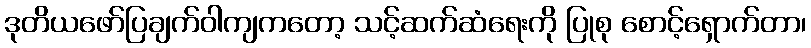
ဒုတိယဖော်ပြချက်ဝါကျကတော့ သင့်ဆက်ဆံရေးကို ပြုစု စောင့်ရှောက်တာ၊